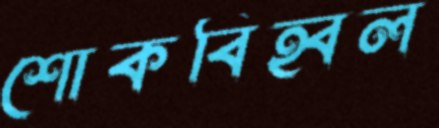
শোকবিহ্বল